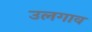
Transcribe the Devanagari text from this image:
उलगाव